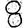
Digit: 8